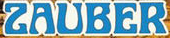
ZAUBER